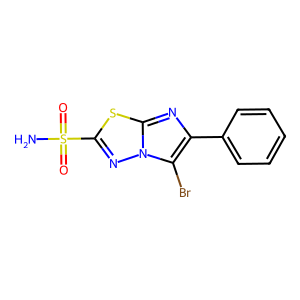
SMILES: NS(=O)(=O)c1nn2c(Br)c(-c3ccccc3)nc2s1
Inhibits HIV replication: No